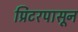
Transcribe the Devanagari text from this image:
प्रिंटरपासून